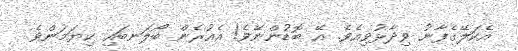
އެކަލޭގެފާނު ވިދާޅުވިއެވެ. އޭ ބޮޑުންނޭވެ! އެއުރެން ބޯލަނބައި ކިޔަމަންވެ